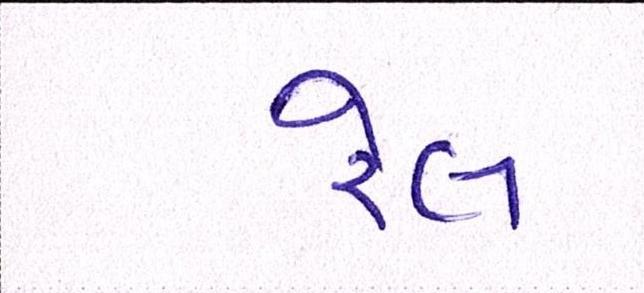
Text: રેલ